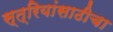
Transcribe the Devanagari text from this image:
स्त्रियांसाठीचा